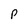
Character: p